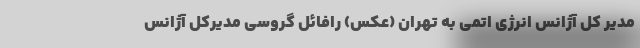
مدیر کل آژانس انرژی اتمی به تهران (عکس) رافائل گروسی مدیرکل آژانس